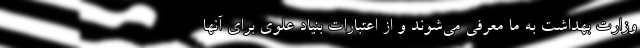
وزارت بهداشت به ما معرفی می‌شوند و از اعتبارات بنیاد علوی برای آنها